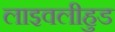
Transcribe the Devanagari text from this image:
लाइवलीहुड